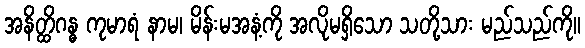
အနိတ္ထိဂန္ဓ ကုမာရံ နာမ၊ မိန်းမအနံ့ကို အလိုမရှိသော သတို့သား မည်သည်ကို။